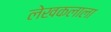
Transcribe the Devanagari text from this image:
लेखकलाला